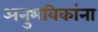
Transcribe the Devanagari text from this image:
अनुभविकांना